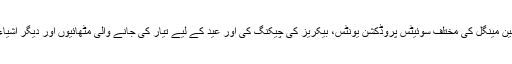
ڈی جی فوڈ اتھارٹی نورالامین مینگل کی مختلف سوئیٹس پروڈکشن یونٹس، بیکریز کی چیکنگ کی اور عید کے لیے تیار کی جانے والی مٹھائیوں اور دیگر اشیاء خوردونوش کا معائنہ کیا ۔